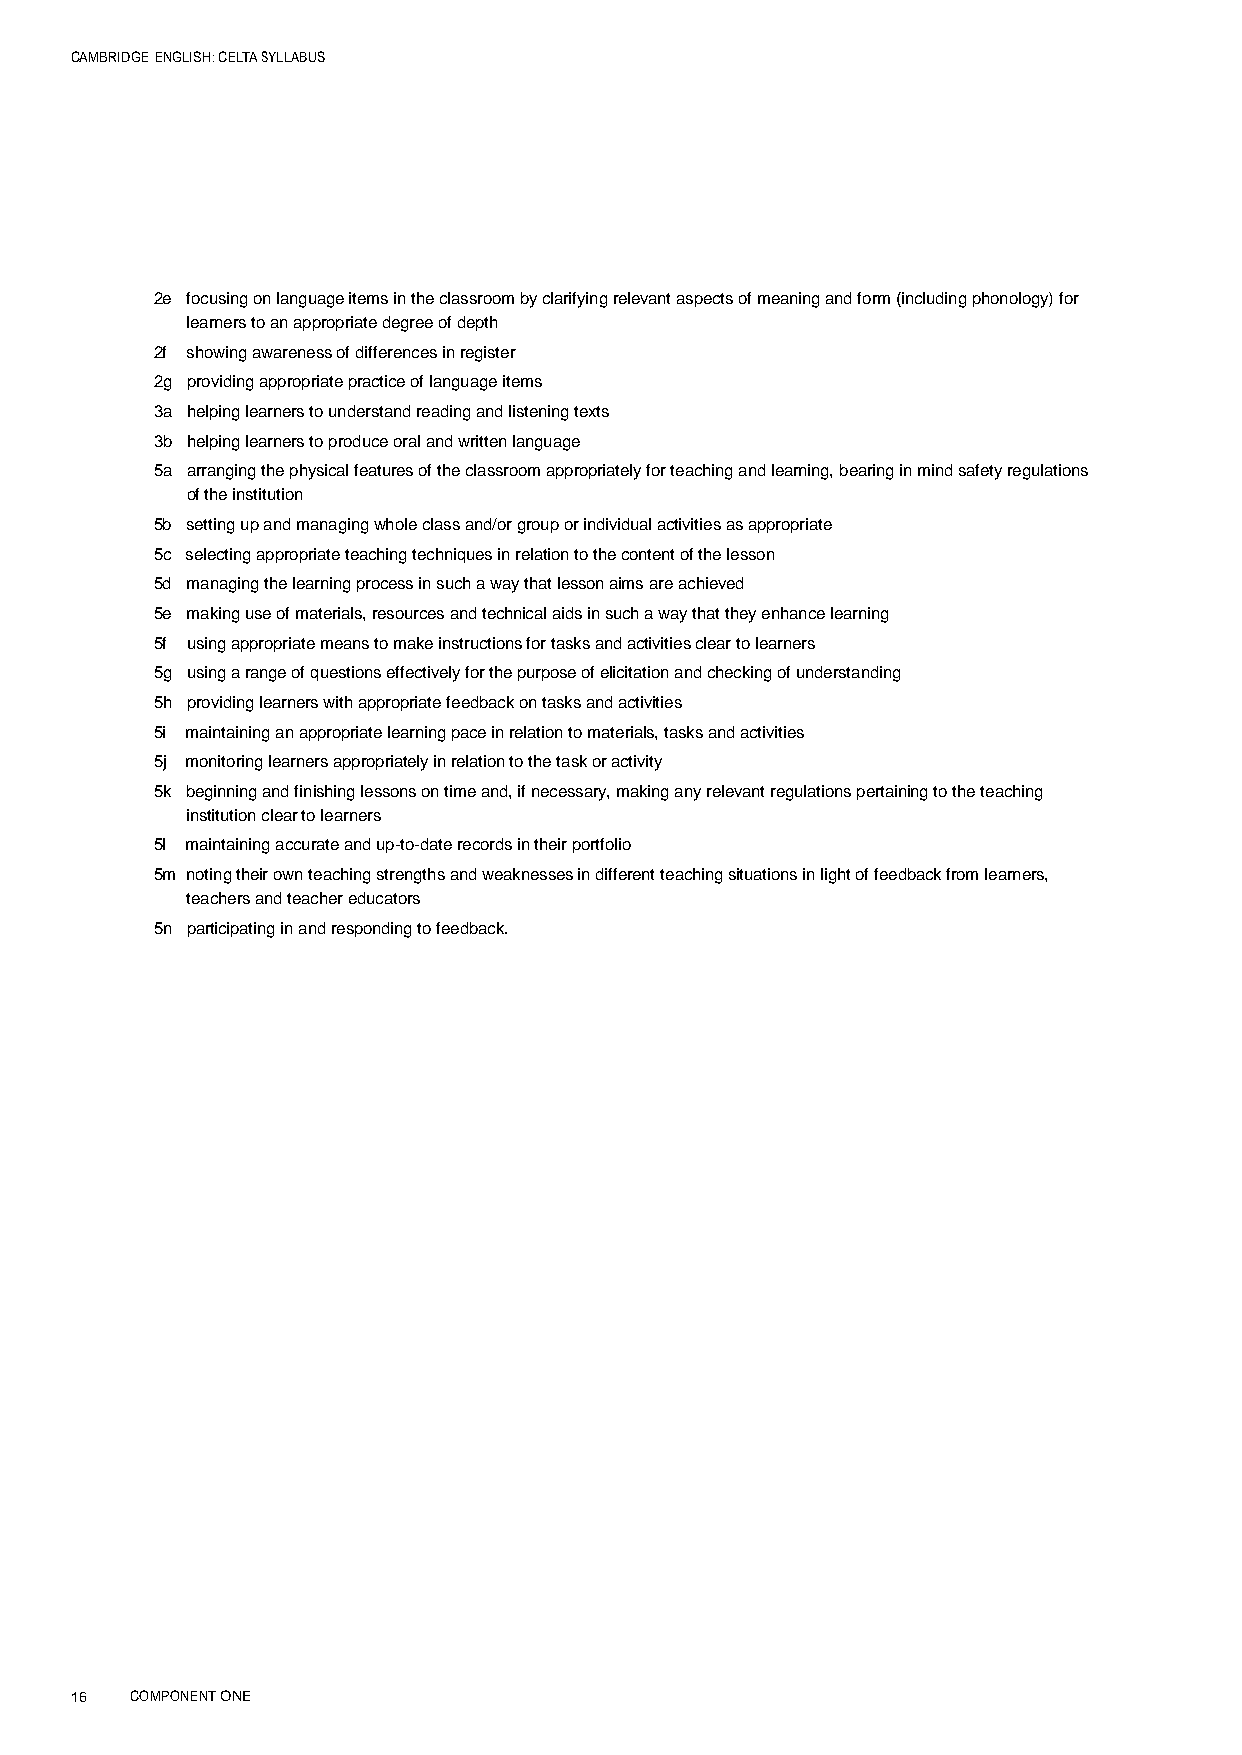
CAMBRIDGE ENGLISH: CELTA SYLLABUS
 2e focusing on language items in the classroom by clarifying relevant aspects of meaning and form (including phonology) for
 learners to an appropriate degree of depth
 2f showing awareness of differences in register
 2g providing appropriate practice of language items
 3a helping learners to understand reading and listening texts
 3b helping learners to produce oral and written language
 5a arranging the physical features of the classroom appropriately for teaching and learning, bearing in mind safety regulations
 of the institution
 5b setting up and managing whole class and/or group or individual activities as appropriate
 5c selecting appropriate teaching techniques in relation to the content of the lesson
 5d managing the learning process in such a way that lesson aims are achieved
 5e making use of materials, resources and technical aids in such a way that they enhance learning
 5f using appropriate means to make instructions for tasks and activities clear to learners
 5g using a range of questions effectively for the purpose of elicitation and checking of understanding
 5h providing learners with appropriate feedback on tasks and activities
 5i maintaining an appropriate learning pace in relation to materials, tasks and activities
 5j monitoring learners appropriately in relation to the task or activity
 5k beginning and finishing lessons on time and, if necessary, making any relevant regulations pertaining to the teaching
 institution clear to learners
 5l maintaining accurate and up-to-date records in their portfolio
 5m noting their own teaching strengths and weaknesses in different teaching situations in light of feedback from learners,
 teachers and teacher educators
 5n participating in and responding to feedback.
 16  COMPONENT ONE